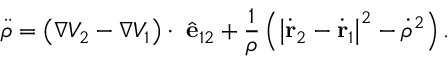
\ddot { \rho } = \left( \nabla V _ { 2 } - \nabla V _ { 1 } \right) \cdot \ \hat { \mathbf { e } } _ { 1 2 } + \frac { 1 } { \rho } \left( \left| \dot { \mathbf { r } } _ { 2 } - \dot { \mathbf { r } } _ { 1 } \right| ^ { 2 } - \dot { \rho } ^ { 2 } \right) .